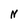
Character: N